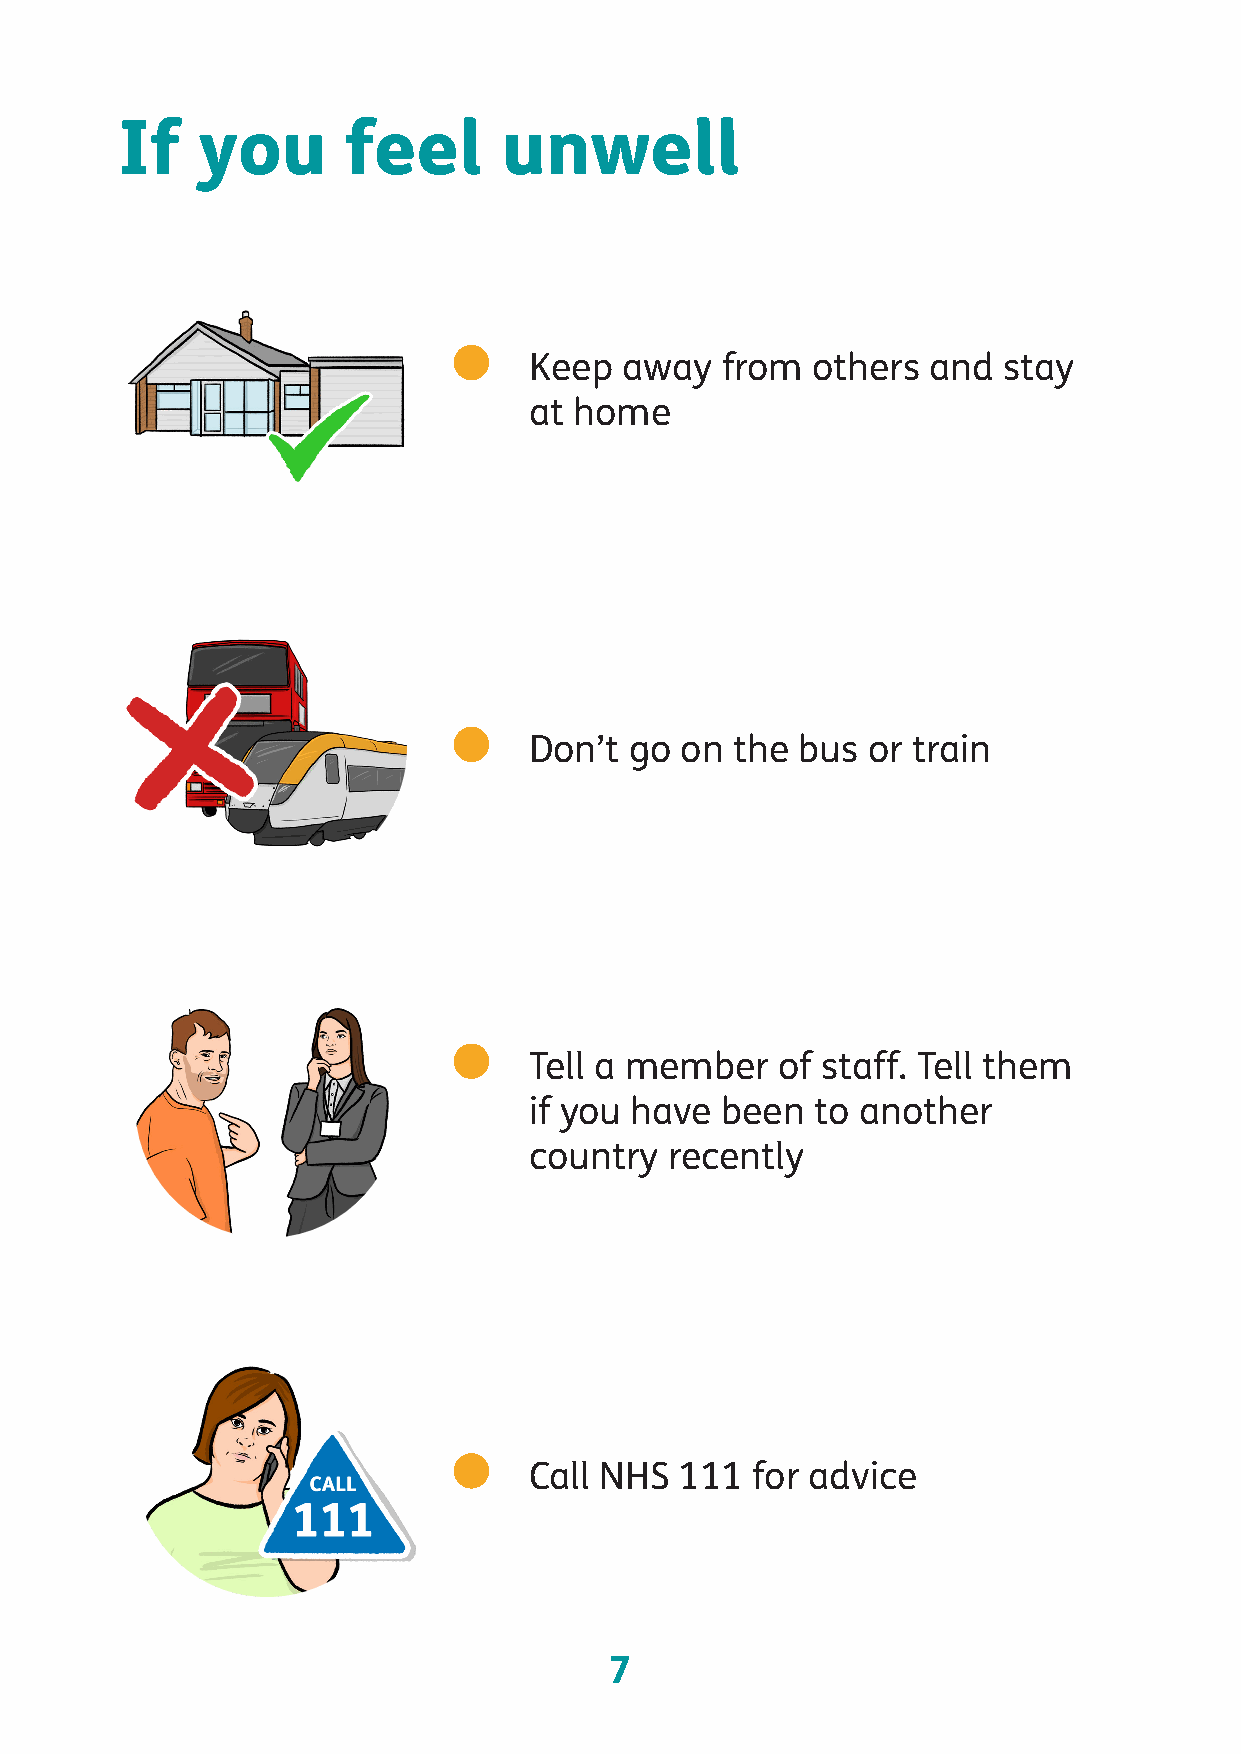
If   you       feel      unwell
 Keep  away   from  others and  stay
 at home
 Don’t  go on  the bus or train
 Tell a member   of staff. Tell them
 if you have  been  to another
 country  recently
 Call NHS  111  for advice
 7